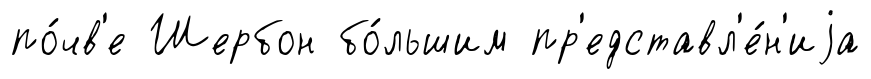
по́чв'е Шербон бо́льшим пр'едставл'е́н'иjа